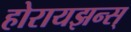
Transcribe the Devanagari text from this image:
होरायझन्स्